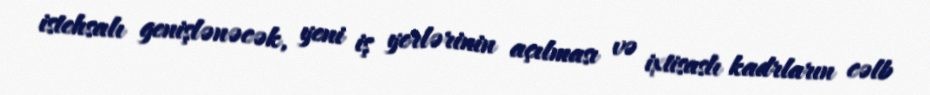
istehsalı genişlənəcək, yeni iş yerlərinin açılması və ixtisaslı kadrların cəlb